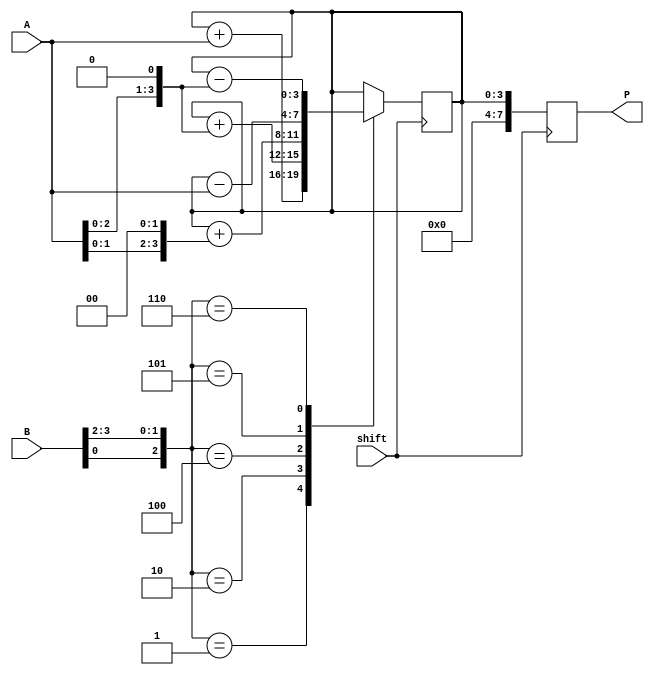
module BoothMultiplier(
    input [3:0] A,
    input [3:0] B,
    input shift,
    output reg [7:0] P
);

reg [3:0] PP;

always @ (posedge shift) begin
    case({B[0], B[3], B[2]})
        3'b001: PP <= PP + A;
        3'b010: PP <= PP + (A << 1);
        3'b100: PP <= PP + (A << 2);
        3'b101: PP <= PP - A;
        3'b110: PP <= PP - (A << 1);
        3'b010: PP <= PP - (A << 2);
    endcase
end

always @ (posedge shift) begin
    P <= PP;
end

endmodule